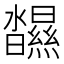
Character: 𤄥